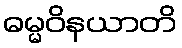
ဓမ္မဝိနယာတိ